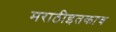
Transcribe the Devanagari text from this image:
मराठीइतकाच